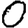
Digit: 0